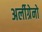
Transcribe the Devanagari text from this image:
अर्लीग्रेनो